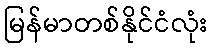
မြန်မာတစ်နိုင်ငံလုံး